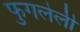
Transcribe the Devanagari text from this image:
फुगलेली